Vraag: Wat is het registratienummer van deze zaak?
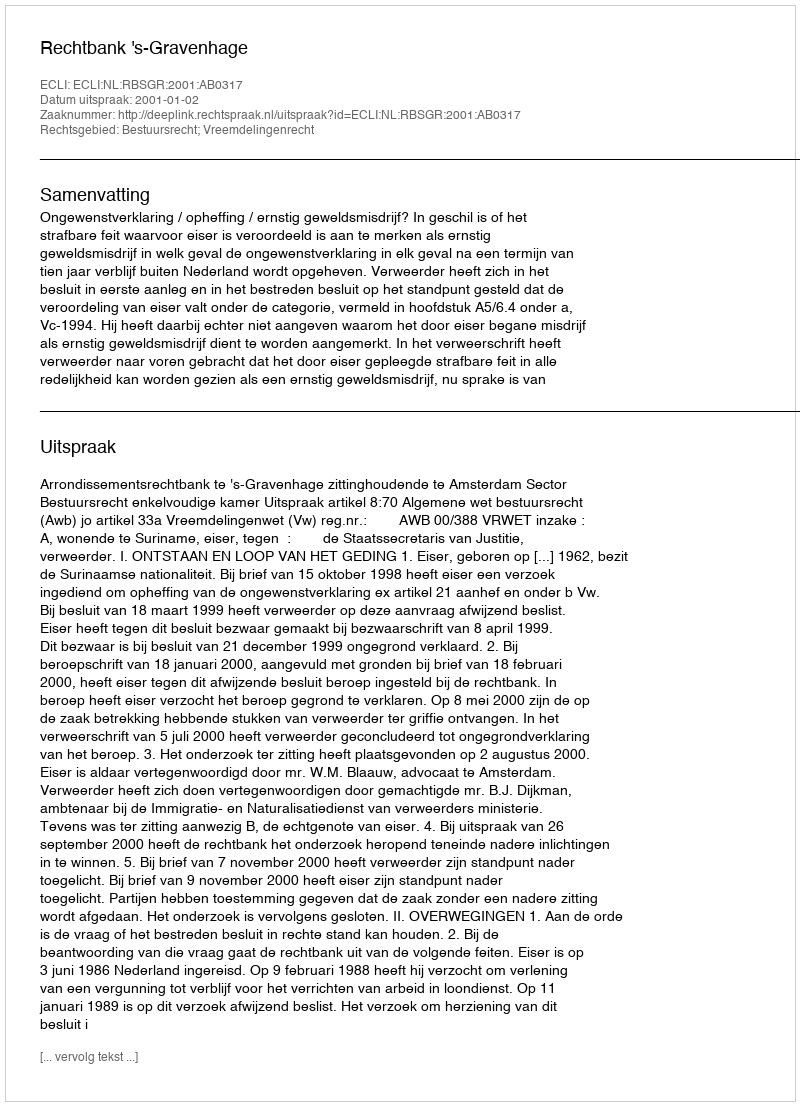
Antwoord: http://deeplink.rechtspraak.nl/uitspraak?id=ECLI:NL:RBSGR:2001:AB0317